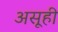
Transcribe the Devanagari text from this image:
असूही